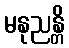
မနုညန္တိ